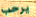
يرحب